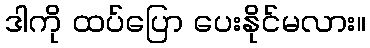
ဒါကို ထပ်ပြော ပေးနိုင်မလား။